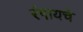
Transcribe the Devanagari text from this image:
रंगायचे